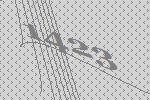
1423